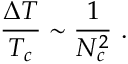
{ \frac { \Delta T } { T _ { c } } } \sim { \frac { 1 } { N _ { c } ^ { 2 } } } \ .